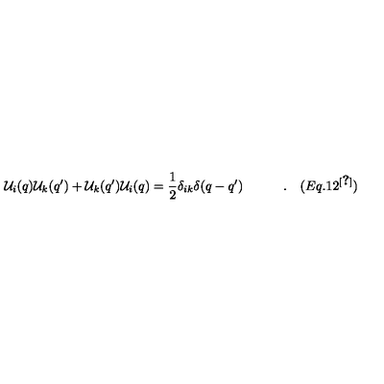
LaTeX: { \cal U } _ { i } ( q ) { \cal U } _ { k } ( q ^ { \prime } ) + { \cal U } _ { k } ( q ^ { \prime } ) { \cal U } _ { i } ( q ) = { \frac { 1 } { 2 } } \delta _ { i k } \delta ( q - q ^ { \prime } ) \quad \quad \quad . \quad ( E q . 1 2 ^ { \cite { M a j } } ) \nonumber